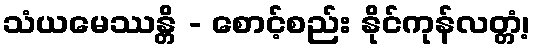
သံယမေဿန္တိ - စောင့်စည်း နိုင်ကုန်လတ္တံ့၊